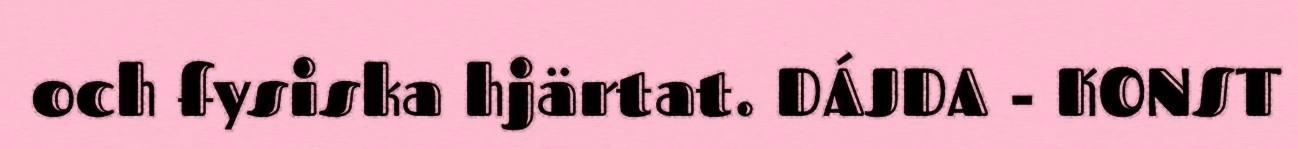
och fysiska hjärtat. DÁJDA - KONST